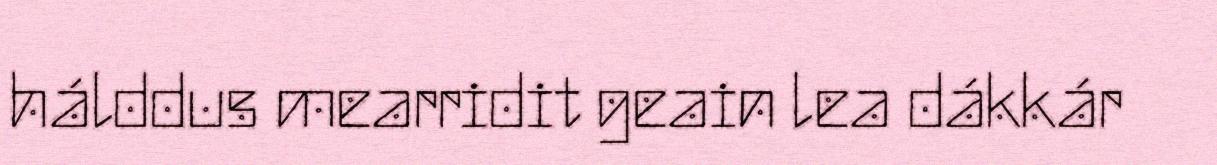
hálddus mearridit geain lea dákkár